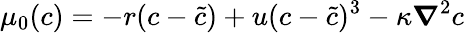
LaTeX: {\mu_{0}(c)=-r(c-\tilde{c})+u(c-\tilde{c})^{3}-\kappa\boldsymbol\nabla^{2}c}